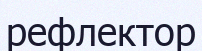
рефлектор